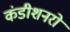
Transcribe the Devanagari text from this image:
कंडीशनरों